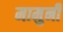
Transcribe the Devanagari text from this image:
मामुनी